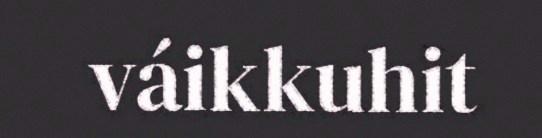
váikkuhit